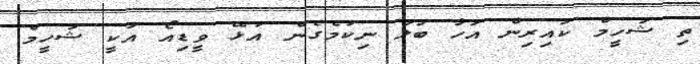
ތި ޝަހީމް ކައިރިން އަހާ ބަލަ ނިކުމެގެން އުޅޭ ވީޑިއޯ އަކީ ޝަހީމް